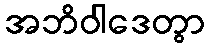
အဘိဝါဒေတွာ